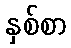
နှစ်စာ